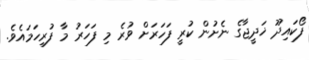
ފޯކައިދޫ ޚަދީޖާގެ ނެށުން ކުރީ ފަހަރަށް ވުރެ މި ފަހަރު މާ ފުރިހަމައެވެ.